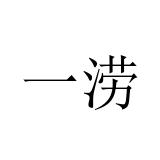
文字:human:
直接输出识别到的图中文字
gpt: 一涝